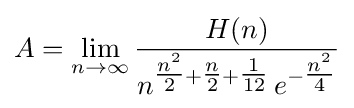
A=\lim _{n\rightarrow \infty }{\frac {H(n)}{n^{{\tfrac {n^{2}}{2}}+{\tfrac {n}{2}}+{\tfrac {1}{12}}}\,e^{-{\tfrac {n^{2}}{4}}}}}